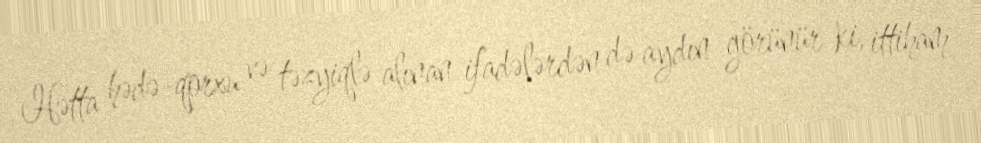
Hətta hədə-qorxu və təzyiqlə alınan ifadələrdən də aydın görünür ki, ittiham